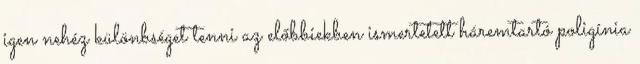
igen nehéz különbséget tenni az előbbiekben ismertetett háremtartó poligínia